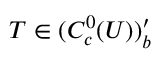
T \in ( C _ { c } ^ { 0 } ( U ) ) _ { b } ^ { \prime }